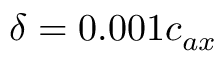
\delta = 0 . 0 0 1 c _ { a x }